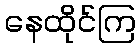
နေထိုင်ကြ